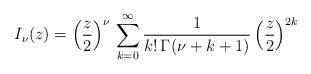
LaTeX: \begin{align*}I_{\nu} (z) = \left( \frac{z}{2} \right) ^{\nu} \, \sum _{k=0} ^{\infty} \frac{1}{k! \, \Gamma (\nu + k + 1)} \left( \frac{z}{2} \right) ^{2 k} \, \end{align*}